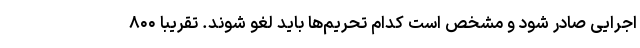
اجرایی صادر شود و مشخص است کدام تحریم‌ها باید لغو شوند. تقریباً ۸۰۰